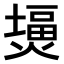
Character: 𤎪